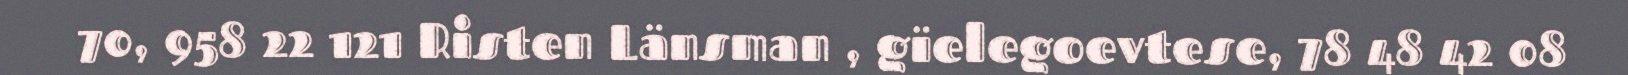
70, 958 22 121 Risten Länsman , gïelegoevtese, 78 48 42 08